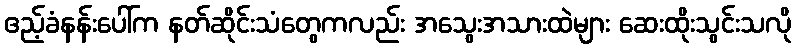
ဧည့်ခံနန်းပေါ်က နတ်ဆိုင်းသံတွေကလည်း အသွေးအသားထဲများ ဆေးထိုးသွင်းသလို